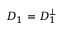
D _ { 1 } = D _ { 1 } ^ { \bot }